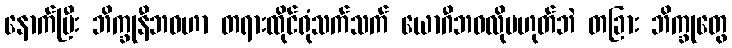
နောက်ပြီး ဘိက္ခုနီဘဝဟာ တရားထိုင်ရုံသက်သက် ယောဂီဘဝလိုမဟုတ်ဘဲ တခြား ဘိက္ခုတွေ